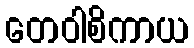
တေဝါစိကာယ